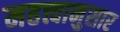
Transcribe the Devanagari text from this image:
महत्त्वानुसार